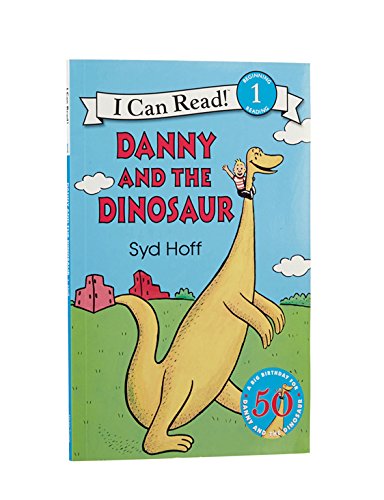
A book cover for Danny and the Dinosaur; Syd Hoff; Children's Books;